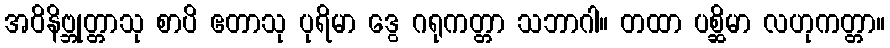
အဝိနိဗ္ဘုတ္တာသု စာပိ ဧတာသု ပုရိမာ ဒွေ ဂရုကတ္တာ သဘာဂါ။ တထာ ပစ္ဆိမာ လဟုကတ္တာ။